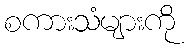
စကားသံများကို